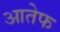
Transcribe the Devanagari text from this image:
आतेफ